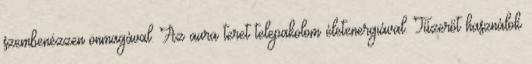
szembenézzen önmagával. Az aura teret telepakolom életenergiával. Tűzerőt használok